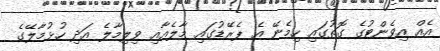
އެއް އިވެންޓުގެ ގޮތުގައި ހިމެނޭ އެ ޕެރޭޑުގައި މާލެއާއި ވިލިމާލެ އަދި ހުޅުމާލޭގެ